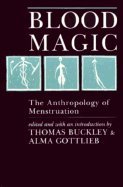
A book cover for Blood Magic : The Anthropology of Menstruation; Health, Fitness & Dieting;